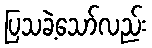
ပြသခဲ့သော်လည်း